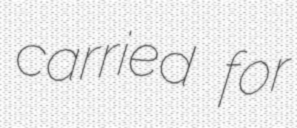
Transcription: carried for